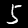
Label: 5